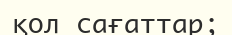
қол сағаттар;